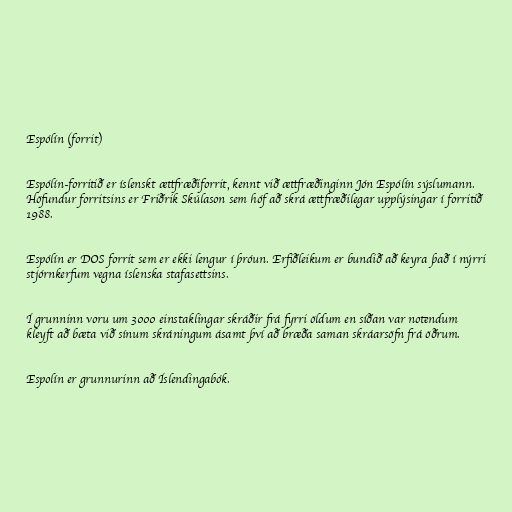
Espólín (forrit)

Espólín-forritið er íslenskt ættfræðiforrit, kennt við ættfræðinginn Jón Espólín sýslumann.
Höfundur forritsins er Friðrik Skúlason sem hóf að skrá ættfræðilegar upplýsingar í forritið
1988.

Espólín er DOS forrit sem er ekki lengur í þróun. Erfiðleikum er bundið að keyra það í nýrri
stjórnkerfum vegna íslenska stafasettsins.

Í grunninn voru um 3000 einstaklingar skráðir frá fyrri öldum en síðan var notendum
kleyft að bæta við sínum skráningum ásamt því að bræða saman skráarsöfn frá öðrum.

Espolín er grunnurinn að Íslendingabók.